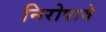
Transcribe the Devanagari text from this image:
निरोपावे